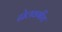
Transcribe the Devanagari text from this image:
ढोलवर्गीय